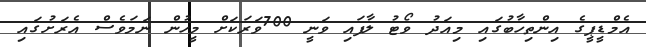
އެމްޑީޕީގެ އިންތިހާބުގައި މިއަދު ވޯޓު ލާފައި ވަނީ 700ވަރަކަށް މީހުން ނަމަވެސް އެރަށުގައި